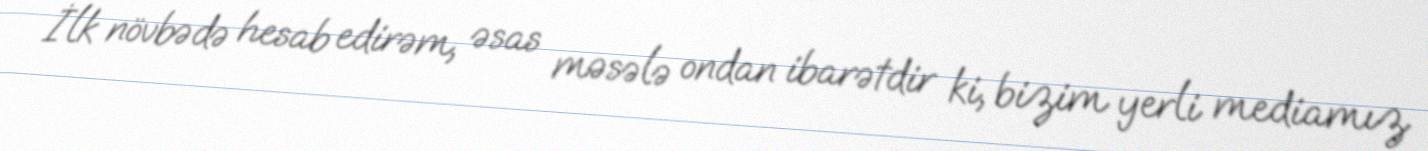
İlk növbədə hesab edirəm, əsas məsələ ondan ibarətdir ki, bizim yerli mediamız